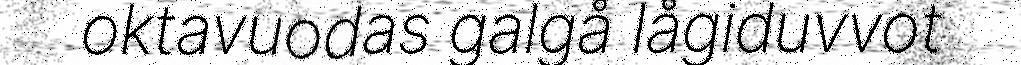
oktavuodas galgå lågiduvvot